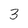
Character: 3